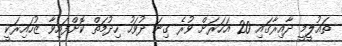
ތައުލީމީ ދާއިރާގައި 20 އަހަރަށް ވުރެ ގިނަ ދުވަހު ހިދުމަތް ކޮށްފައިވާ ޒުހައިރަކީ